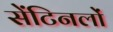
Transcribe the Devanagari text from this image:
सेंटिनलों